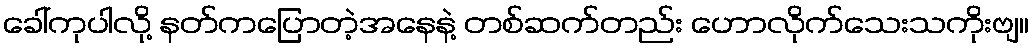
ခေါ်ကုပါလို့ နတ်ကပြောတဲ့အနေနဲ့ တစ်ဆက်တည်း ဟောလိုက်သေးသကိုးဗျ။